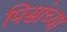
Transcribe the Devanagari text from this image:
पिसांच्या